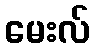
မေးလ်